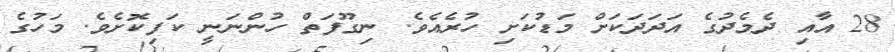
28 އާއި ދެމެދުގެ އަދަދަކަށް މަޑުކަށި ހުރެއެވެ. ނިގޫފަތް ހުންނަނީ ކަފިކޮށެވެ. މަހުގެ